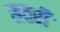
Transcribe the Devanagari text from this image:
सतरी